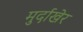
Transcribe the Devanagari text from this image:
मुर्दाखेर